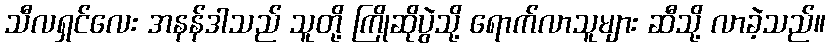
သီလရှင်လေး အနန်ဒါသည် သူတို့ ကြိုဆိုပွဲသို့ ရောက်လာသူများ ဆီသို့ လာခဲ့သည်။